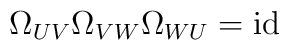
\Omega_{UV} \Omega_{VW} \Omega_{WU} = {\rm id}